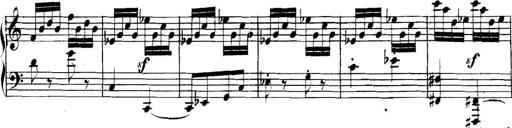
Title: Collected Piano Sonatas
Composer: Muzio Clementi